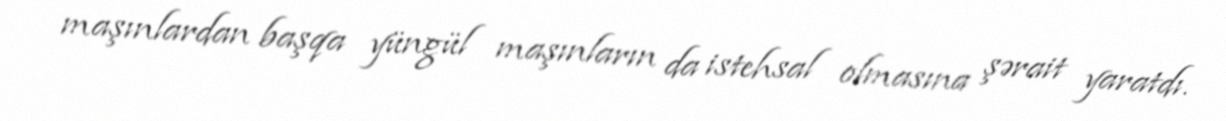
maşınlardan başqa yüngül maşınların da istehsal olmasına şərait yaratdı.